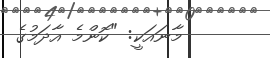
މާނައަކީ: "ކޮންމެ އާދަމުގެ